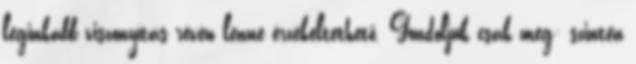
leginkább viszonyítás révén lenne érzékeltethető. Gondoljuk csak meg: szintén